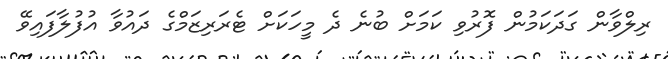
ރިލްވާން ގަދަކަމުން ފޮރުވި ކަމަށް ބުނެ ދެ މީހަކަށް ޓެރަރިޒަމްގެ ދައުވާ އުފުލާފައިވޭ